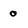
Character: 0